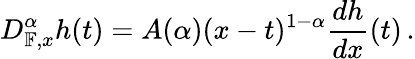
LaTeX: D_{\mathbb{F},x}^{\alpha}h(t)=A(\alpha)(x-t)^{1-\alpha}\frac{dh}{dx}(t)\, .